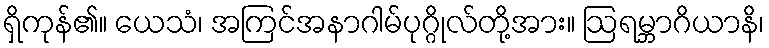
ရှိကုန်၏။ ယေသံ၊ အကြင်အနာဂါမ်ပုဂ္ဂိုလ်တို့အား။ ဩရမ္ဘာဂိယာနိ၊